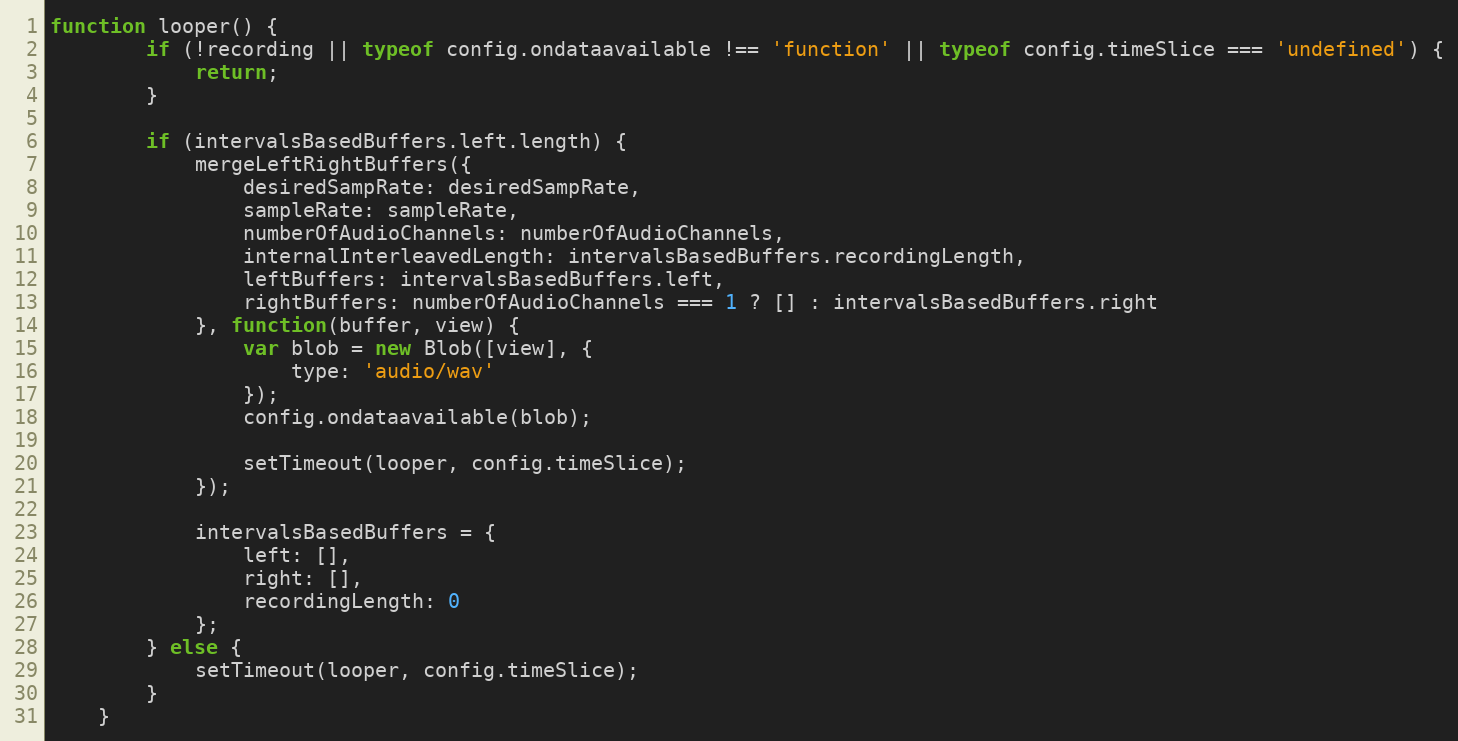
Language: JavaScript
function looper() {
        if (!recording || typeof config.ondataavailable !== 'function' || typeof config.timeSlice === 'undefined') {
            return;
        }

        if (intervalsBasedBuffers.left.length) {
            mergeLeftRightBuffers({
                desiredSampRate: desiredSampRate,
                sampleRate: sampleRate,
                numberOfAudioChannels: numberOfAudioChannels,
                internalInterleavedLength: intervalsBasedBuffers.recordingLength,
                leftBuffers: intervalsBasedBuffers.left,
                rightBuffers: numberOfAudioChannels === 1 ? [] : intervalsBasedBuffers.right
            }, function(buffer, view) {
                var blob = new Blob([view], {
                    type: 'audio/wav'
                });
                config.ondataavailable(blob);

                setTimeout(looper, config.timeSlice);
            });

            intervalsBasedBuffers = {
                left: [],
                right: [],
                recordingLength: 0
            };
        } else {
            setTimeout(looper, config.timeSlice);
        }
    }